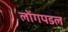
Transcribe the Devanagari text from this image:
लोंगपडल